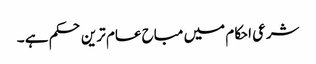
شرعی احکام میں مباح عام ترین حکم ہے ۔